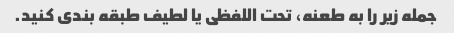
جمله زیر را به طعنه، تحت اللفظی یا لطیف طبقه بندی کنید.